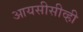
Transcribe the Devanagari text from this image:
आयसीसीव्ही